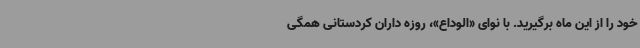
خود را از این ماه برگیرید. با نوای «الوداع»، روزه داران کردستانی همگی